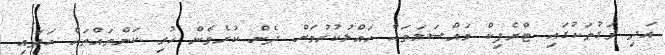
އަދި މަގުތަކުގައި ޓްރެފިކް މައްސަލަތައް ހައްލުކުރުމަށް ދެން ކުރެވެން ހުރި ކަންތައްތައް ހަދައި